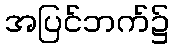
အပြင်ဘက်၌